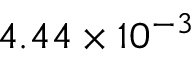
4 . 4 4 \times 1 0 ^ { - 3 }